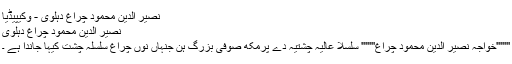
نصیر الدین محمود چراغ دہلوی - وکیپیڈیا
نصیر الدین محمود چراغ دہلوی
'''''''خواجہ نصیر الدین محمود چراغ''''''' سلسلا عالیہ چشتیہ دے پرمکھ صوفی بزرگ ہن جنہاں نوں چراغِ سلسلہ چشت کیہا جاندا ہے ۔